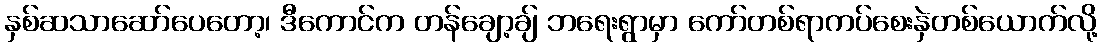
နှစ်ဆသာဆော်ပေတော့၊ ဒီကောင်က တန်ချော့ချ် ဘရေးရွာမှာ ကော်တစ်ရာကပ်စေးနှဲတစ်ယောက်လို့